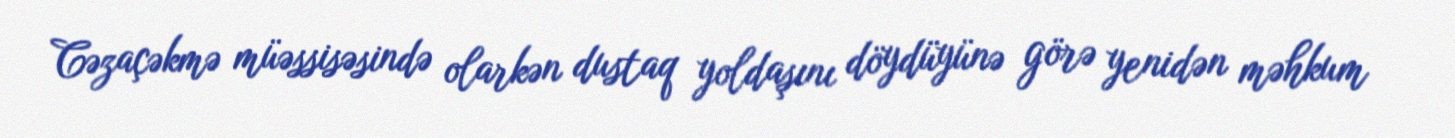
Cəzaçəkmə müəssisəsində olarkən dustaq yoldaşını döydüyünə görə yenidən məhkum